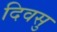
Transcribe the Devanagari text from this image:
दिवसु